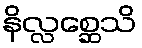
နိလ္လစ္ဆေသိ